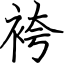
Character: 袴